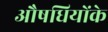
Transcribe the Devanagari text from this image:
औषधियोंके